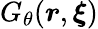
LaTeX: G_{\theta}(\boldsymbol{r},\boldsymbol{\xi})